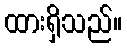
ထားရှိသည်။